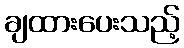
ချထားပေးသည့်